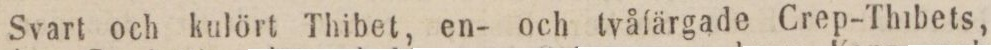
Svart och kulört Thibet, en- och tvåfärgade Crep-Thibets,